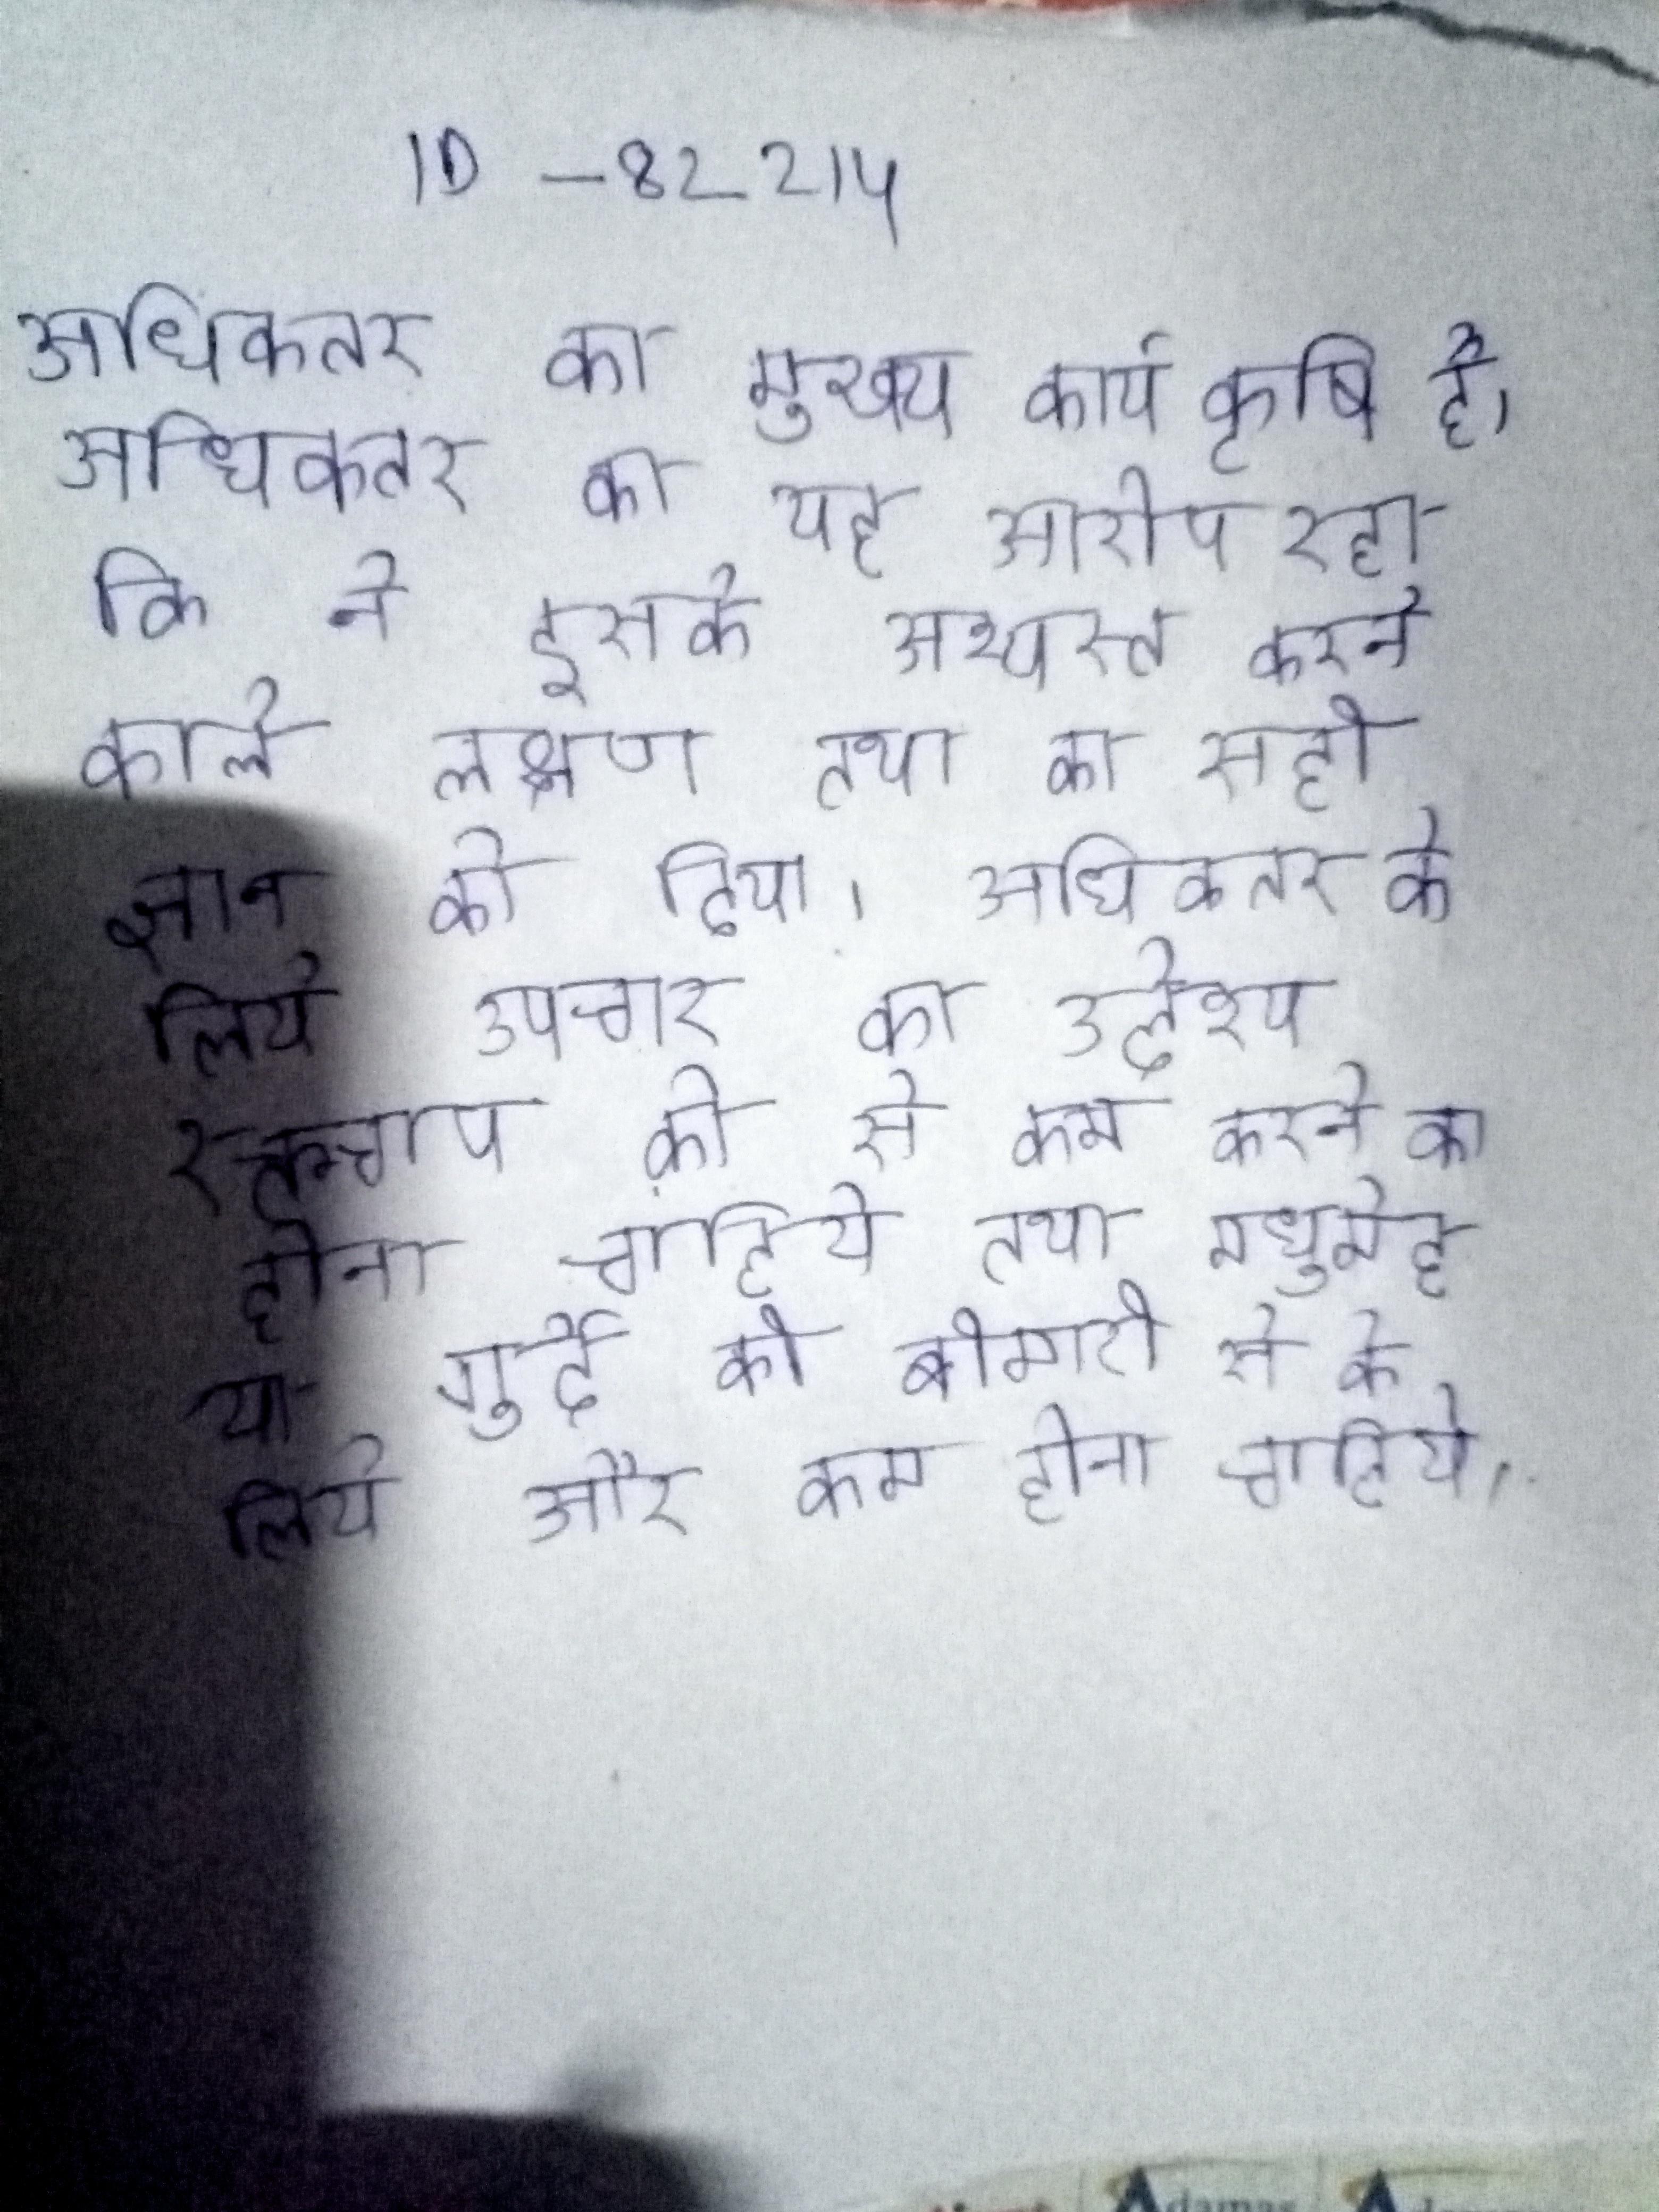
अधिकतर का मुख्य कार्य कृषि है । अधिकतर का यह आरोप रहा कि ने इसके अभ्यस्त करने वाले लक्षण तथा का सही ज्ञान को दिया । अधिकतर के लिये उपचार का उद्देश्य रक्तचाप को से कम करने का होना चाहिये तथा मधुमेह या गुर्दे की बीमारी से के लिये और कम होना चाहिये ।